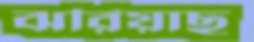
ঝরিয়াছ